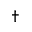
^ { \dagger }